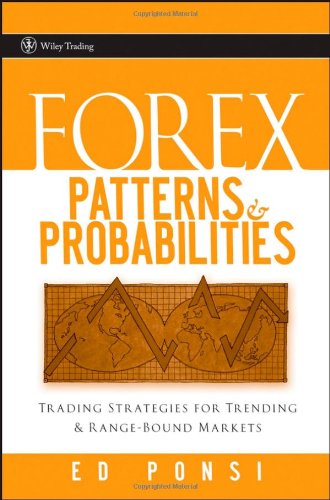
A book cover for Forex Patterns and Probabilities: Trading Strategies for Trending and Range-Bound Markets; Ed Ponsi; Business & Money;